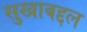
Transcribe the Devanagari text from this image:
सुखाबद्दल